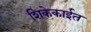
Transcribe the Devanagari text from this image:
शिकेकाईत